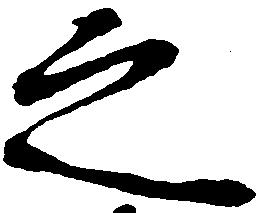
之